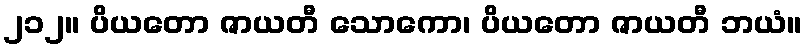
၂၁၂။ ပိယတော ဇာယတီ သောကော၊ ပိယတော ဇာယတီ ဘယံ။